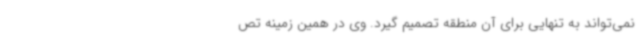
نمی‌تواند به تنهایی برای آن منطقه تصمیم گیرد. وی در همین زمینه تص